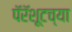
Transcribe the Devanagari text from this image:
पॅरॅशूटच्या